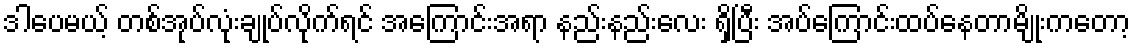
ဒါပေမယ့် တစ်အုပ်လုံးချုပ်လိုက်ရင် အကြောင်းအရာ နည်းနည်းလေး ရှိပြီး အပ်ကြောင်းထပ်နေတာမျိုးကတော့